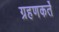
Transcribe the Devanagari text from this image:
ग्रहणकर्ते